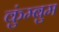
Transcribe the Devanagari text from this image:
कुंम्बुम